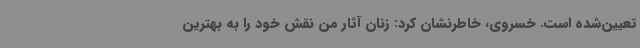
تعیین‌شده است. خسروی، خاطرنشان کرد: زنان آثار من نقش خود را به بهترین